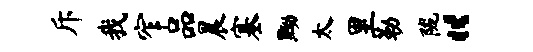
斥我窄品晨塞黝太里勒陇“